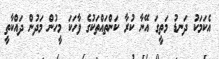
އެކަމަކު ދަނޑު މަތީގަ އޭނާ ކުރާ ކަންތައްތަކުގެ ވާހަކަ މީހުން މަދުން ދައްކާތީ